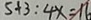
5 + 3 : 4 x = 1 6